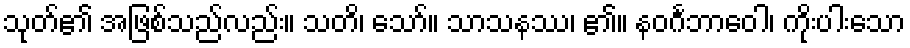
သုတ်၏ အဖြစ်သည်လည်း။ သတိ၊ သော်။ သာသနဿ၊ ၏။ နဝင်္ဂဘာဝေါ၊ ကိုးပါးသော